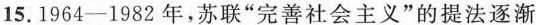
15.1964-1982年，苏联”完善社会主义”的提法逐渐